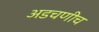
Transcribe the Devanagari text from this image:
अडचणीच